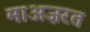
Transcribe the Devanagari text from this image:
माअज़रत